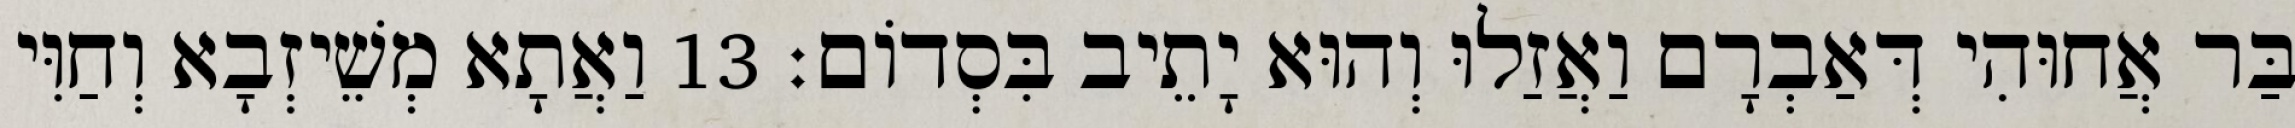
בַּר אֲחוּהִי דְּאַבְרָם וַאֲזַלוּ וְהוּא יָתֵיב בִּסְדוֹם׃ 13 וַאֲתָא מְשֵׁיזְבָא וְחַוִּי